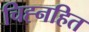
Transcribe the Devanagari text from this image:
चिह्नहित